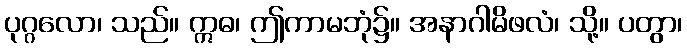
ပုဂ္ဂလော၊ သည်။ ဣဓ၊ ဤကာမဘုံ၌။ အနာဂါမိဖလံ၊ သို့။ ပတွာ၊